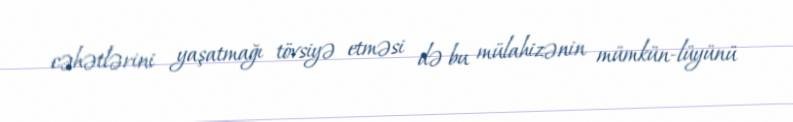
cəhətlərini yaşatmağı tövsiyə etməsi də bu mülahizənin mümkün-lüyünü